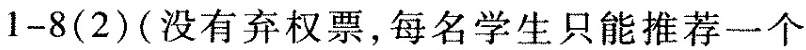
1-8（ 2 ）（ 没有弃权票，每名学生只能推荐一个